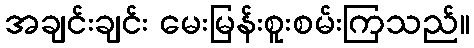
အချင်းချင်း မေးမြန်းစူးစမ်းကြသည်။